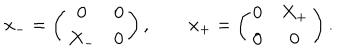
x _ { - } = \left( \begin{array} { c c } { { 0 } } & { { 0 } } \\ { { X _ { - } } } & { { 0 } } \\ \end{array} \right) , \qquad x _ { + } = \left( \begin{array} { c c } { { 0 } } & { { X _ { + } } } \\ { { 0 } } & { { 0 } } \\ \end{array} \right) .